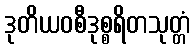
ဒုတိယဝစီဒုစ္စရိတသုတ္တံ